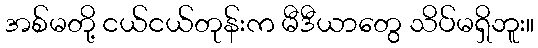
အစ်မတို့ ငယ်ငယ်တုန်းက မီဒီယာတွေ သိပ်မရှိဘူး။